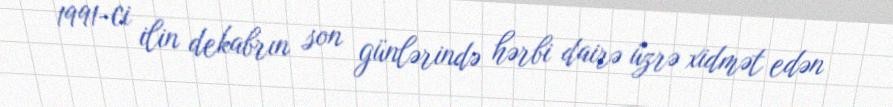
1991-ci ilin dekabrın son günlərində hərbi dairə üzrə xidmət edən